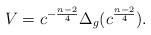
LaTeX: \begin{align*}V = c^{-\frac{n-2}{4}}\Delta_g(c^{\frac{n-2}{4}}).\end{align*}